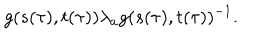
g ( s ( \tau ) , t ( \tau ) ) { \lambda } _ { a } g ( s ( \tau ) , t ( \tau ) ) ^ { - 1 } .